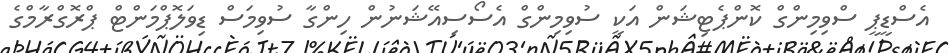
އެސްޑީޕީ ސްވިމިންގް ކޮންޕެޓިޝަން އަކީ ސުވިމިންގް އެސޯސިއޭޝަނުން ހިންގާ ސުވިމަސް ޑިވަލޮޕްމަންޓް ޕްރޮގްރާމްގެ